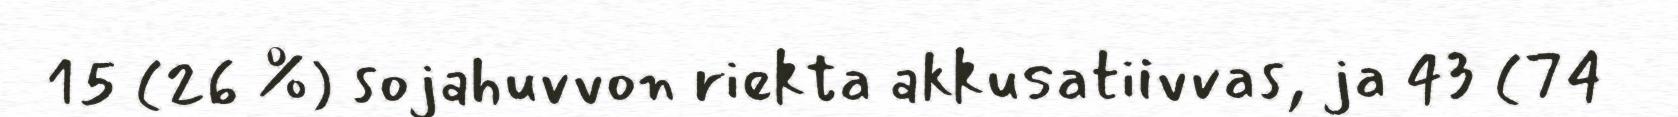
15 (26 %) sojahuvvon riekta akkusatiivvas, ja 43 (74